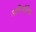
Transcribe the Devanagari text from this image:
अभिभौतिक